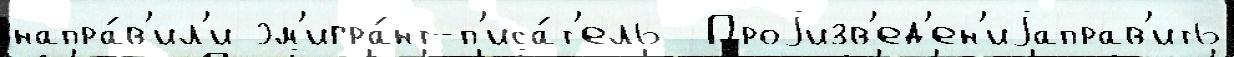
напра́в'ил'и эм'игра́нт-п'иса́т'ель  Проjизв'ед'ен'иjаправ'ить